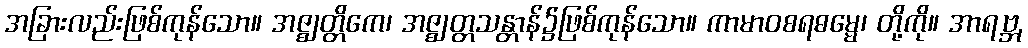
အခြားလည်းဖြစ်ကုန်သော။ အဇ္ဈတ္တိကေ၊ အဇ္ဈတ္တသန္တာန်၌ဖြစ်ကုန်သော။ ကာမာဝစရဓမ္မေ၊ တို့ကို။ အာရဗ္ဘ,